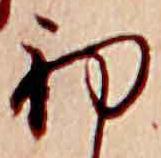
初